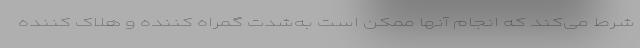
شرط می‌کند که انجام آنها ممکن است به‌شدت گمراه کننده و هلاک کننده